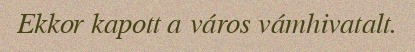
Ekkor kapott a város vámhivatalt.